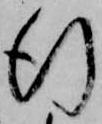
行